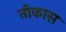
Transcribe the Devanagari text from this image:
तोकास